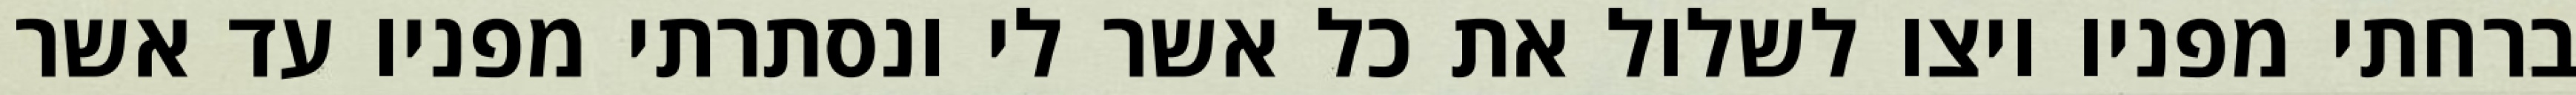
ברחתי מפניו ויצו לשלול את כל אשר לי ונסתרתי מפניו עד אשר